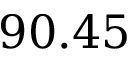
9 0 . 4 5